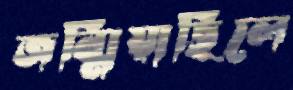
জন্মিয়াছিলে